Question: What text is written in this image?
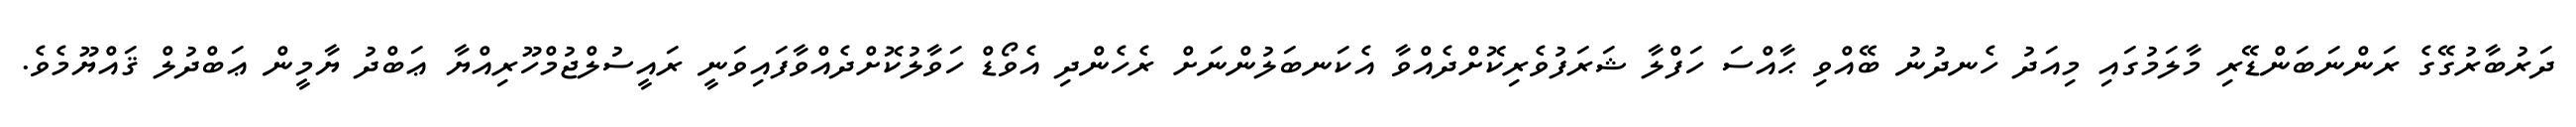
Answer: ދަރުބާރުގޭގެ ރަންނަބަންޑޭރި މާލަމުގައި މިއަދު ހެނދުނު ބޭއްވި ޙާއްސަ ހަފްލާ ޝަރަފުވެރިކޮށްދެއްވާ އެކަނބަލުންނަށް ރެހެންދި އެވޯޑް ހަވާލުކޮށްދެއްވާފައިވަނީ ރައީސުލްޖުމްހޫރިއްޔާ ޢަބްދު ޔާމީން ޢަބްދުލް ޤައްޔޫމެވެ.